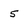
Character: 5